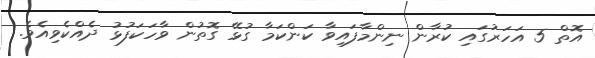
އޮތް 5 އަހަރުގައި ކުރާން ނިންމާފައިވާ ކަންކަމާ ގުޅޭ ގޮތުން ވާހަކަފުޅު ދެއްކެވިއެވެ.